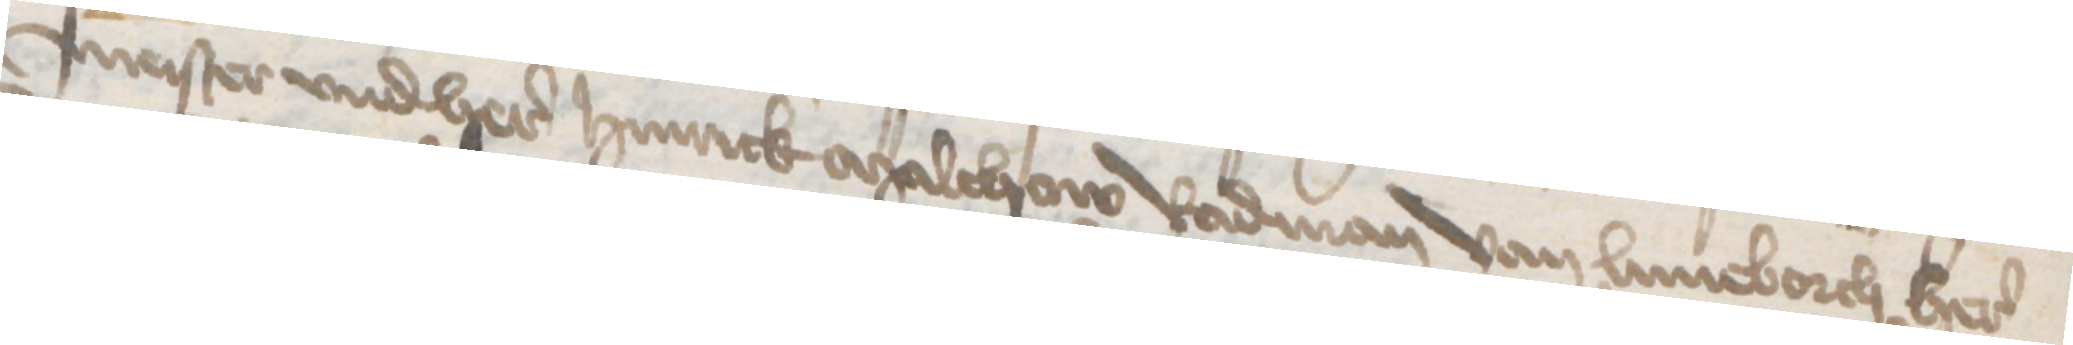
meister vnd here Hinrick Malchow Radman van Luneborch here